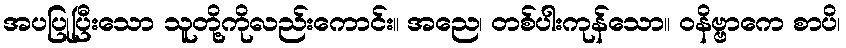
အပပြုပြီးသော သူတို့ကိုလည်းကောင်း။ အညေ၊ တစ်ပါးကုန်သော။ ဝနိဗ္ဗာကေ စာပိ၊